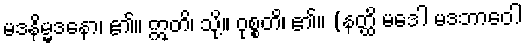
မဒနိမ္မဒနော၊ ၏။ ဣတိ၊ သို့။ ဝုစ္စတိ၊ ၏။ (နတ္ထိ မဒေါ မဒဘာဝေါ